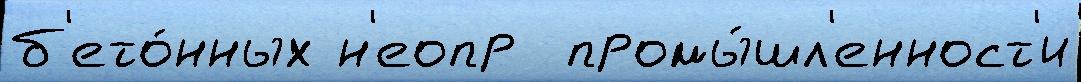
б'ето́нных н'еопр  промы́шл'енност'и